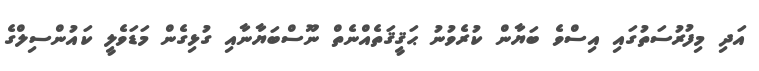
އަދި މިފުރުސަތުގައި އިސްވެ ބަޔާން ކުރެވުނު ޙަޤީޤަތެއްނެތް ނޫސްބަޔާނާއި ގުޅިގެން މަޑަވެލީ ކައުންސިލްގެ